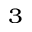
^ 3